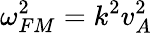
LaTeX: \omega_{FM}^{2}=k^{2}v_{A}^{2}